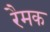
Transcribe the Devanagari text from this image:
रैमक